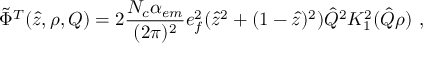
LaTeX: \tilde { \Phi } ^ { T } ( \hat { z } , \rho , Q ) = 2 { \frac { N _ { c } \alpha _ { e m } } { ( 2 \pi ) ^ { 2 } } } e _ { f } ^ { 2 } ( \hat { z } ^ { 2 } + ( 1 - \hat { z } ) ^ { 2 } ) \hat { Q } ^ { 2 } K _ { 1 } ^ { 2 } ( \hat { Q } \rho ) \, \, ,